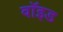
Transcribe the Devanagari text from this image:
वाॅइड